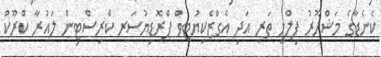
ކެނެޑާގެ މަޝްހޫރު ފިލްމީ ތަރި އަދި އެގްޒެކިޔުޓިވް ޕްރޮޑިޔުސަރ ކްރިސްޓިން ލައުރާ ކްރޫކް